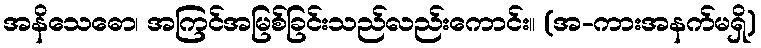
အနိသေဓော၊ အကြင်အမြစ်ခြင်းသည်လည်းကောင်း။ (အ-ကားအနက်မရှိ)